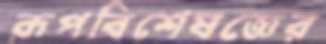
রূপবিশেষজ্ঞের